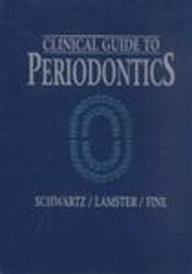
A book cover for Clinical Guide to Periodontics, 1e; Murray Schwartz DDS; Medical Books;